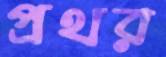
প্রথর